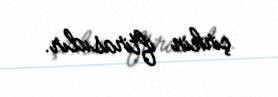
çirkin iftirasıdır.